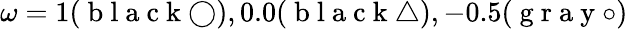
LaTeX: \omega=1(\mathrm{~b~l~a~c~k~}\bigcirc),0.0(\mathrm{~b~l~a~c~k~}\bigtriangleup),-0.5(\mathrm{~g~r~a~y~}\circ)